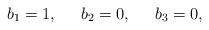
LaTeX: \begin{align*}b_{1}=1,\;\;\;\;\;b_{2}=0,\;\;\;\;\;b_{3}=0, \end{align*}